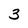
Character: 3